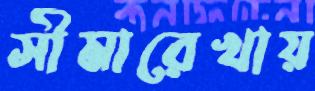
সীমারেখায়